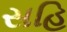
સહિ